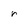
Character: r